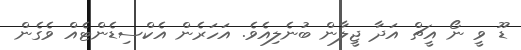
ޑޫ ވީ ނޯ އީޗް އަދާ ޖީލާން ބުނެލިއެވެ. އަހަރެން އެކްސިޑެންޓެއް ވެގެން